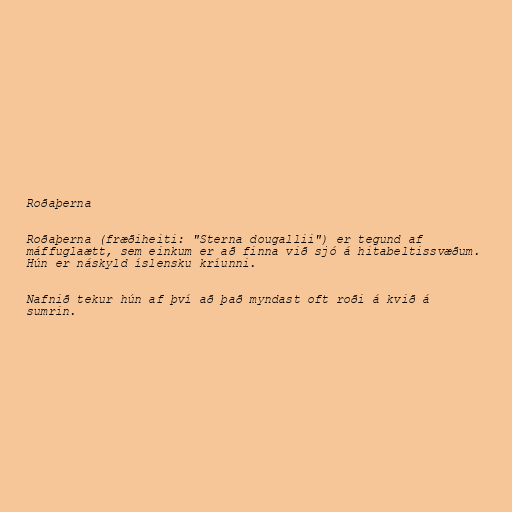
Roðaþerna

Roðaþerna (fræðiheiti: "Sterna dougallii") er tegund af
máffuglaætt, sem einkum er að finna við sjó á hitabeltissvæðum.
Hún er náskyld íslensku kríunni.

Nafnið tekur hún af því að það myndast oft roði á kvið á
sumrin.